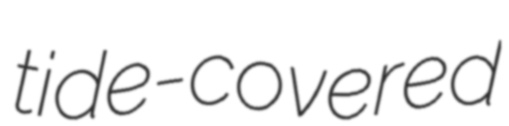
tide-covered